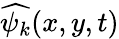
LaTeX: \widehat{\psi_{k}}(x,y,t)